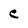
Character: e